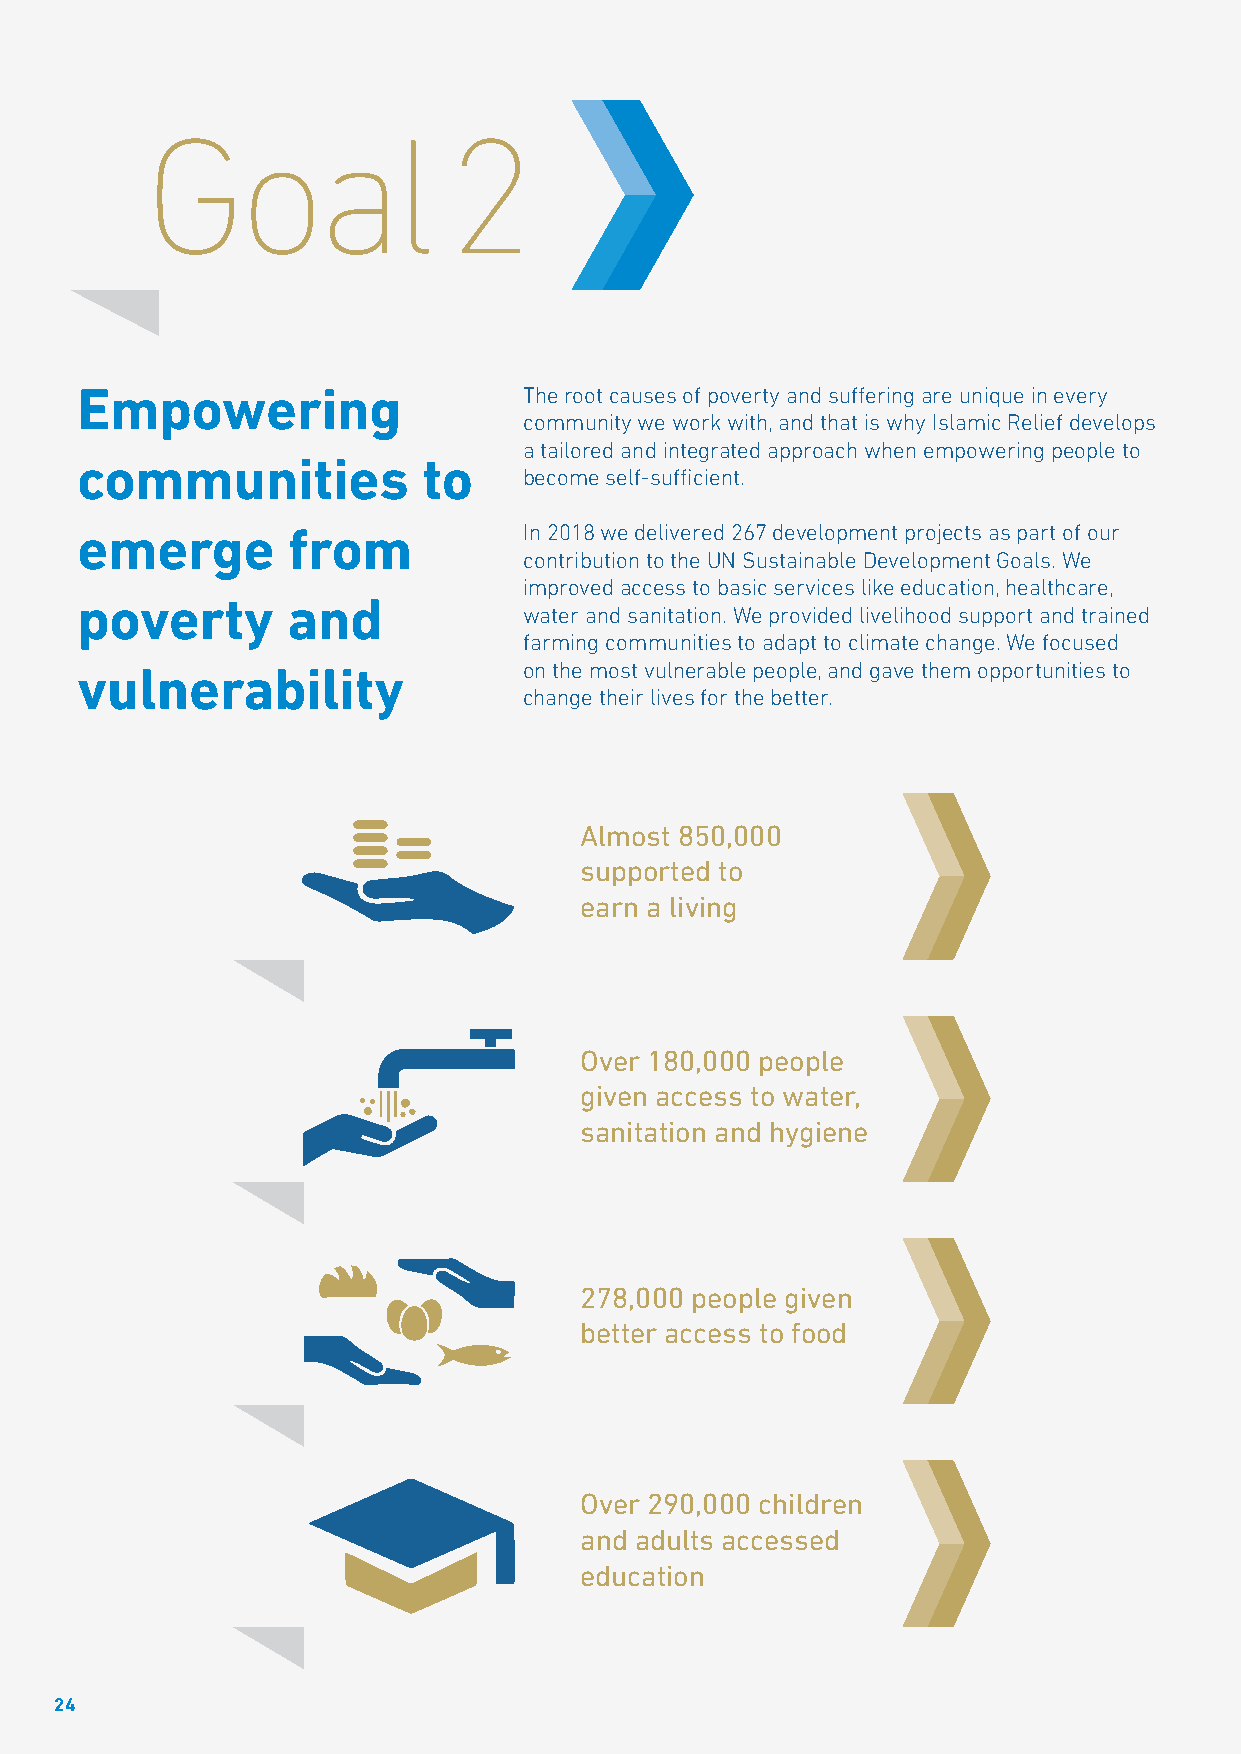
Goal                2
 Empowering                    The root causes of poverty and suffering are unique in every
 community we work with, and that is why Islamic Relief develops
 a tailored and integrated approach when empowering people to
 communities            to
 become self-sufficient.
 emerge        from            In 2018 we delivered 267 development projects as part of our
 contribution to the UN Sustainable Development Goals. We
 improved access to basic services like education, healthcare,
 poverty       and
 water and sanitation. We provided livelihood support and trained
 farming communities to adapt to climate change. We focused
 vulnerability                 on the most vulnerable people, and gave them opportunities to
 change their lives for the better.
 Almost 850,000
 supported to
 earn a living
 Over 180,000 people
 given access to water,
 sanitation and hygiene
 278,000 people given
 better access to food
 Over 290,000 children
 and adults accessed
 education
 24